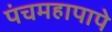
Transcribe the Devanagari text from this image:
पंचमहापापे